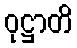
ဝုဋ္ဌာတိ